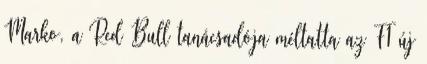
Marko, a Red Bull tanácsadója méltatta az F1 új